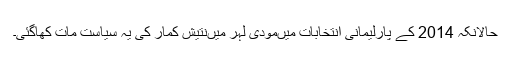
حالانکہ 2014 کے پارلیمانی انتخابات میںمودی لہر میںنتیش کمار کی یہ سیاست مات کھاگئی۔